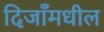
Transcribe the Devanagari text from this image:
दिजाँमधील